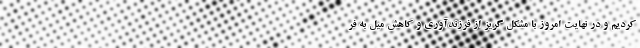
کردیم و در نهایت امروز با مشکل گریز از فرزندآوری و کاهش میل به فر